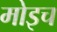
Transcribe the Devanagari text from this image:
मोइच